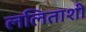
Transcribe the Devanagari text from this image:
ललिताशी